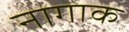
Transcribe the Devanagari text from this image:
नागाक